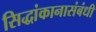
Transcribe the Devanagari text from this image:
सिद्धांकानासंबंधी